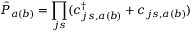
\hat { P } _ { a ( b ) } = \prod _ { j s } ( c _ { j s , a ( b ) } ^ { \dagger } + c _ { j s , a ( b ) } )